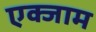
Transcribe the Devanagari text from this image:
एक्जाम